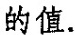
的值.